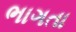
ભાગતા